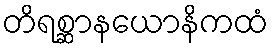
တိရစ္ဆာနယောနိကထံ